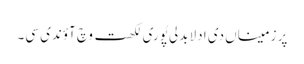
پر زمیناں دی ادلا بدلی پُوری لکھت وچ آؤندی سی۔